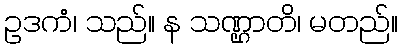
ဥဒကံ၊ သည်။ န သဏ္ဌာတိ၊ မတည်။